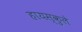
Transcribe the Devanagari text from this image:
हायस्कुले